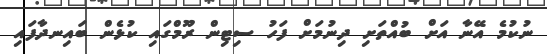
ނުކުމެ އޭނާ އަށް ބުއްތަށި ދިނުމަށް ފަހު ސިޓިން ރޫމްގައި ކުޅެން ބައިނދާފައި